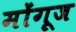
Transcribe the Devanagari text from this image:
मोंगूज